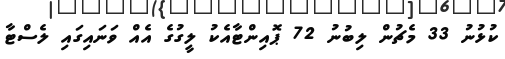
ކުޅުނު 33 މެޗުން ލިބުނު 72 ޕޮއިންޓާއެކު ލީގުގެ އެއް ވަނައިގައި ލެސްޓާ